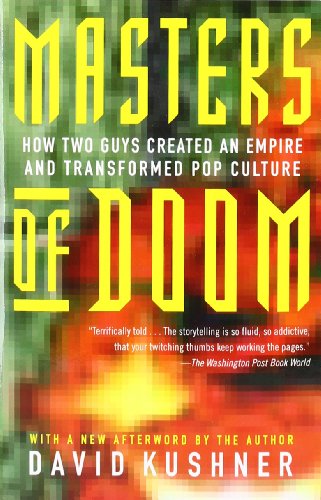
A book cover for Masters of Doom: How Two Guys Created an Empire and Transformed Pop Culture; David Kushner; Business & Money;